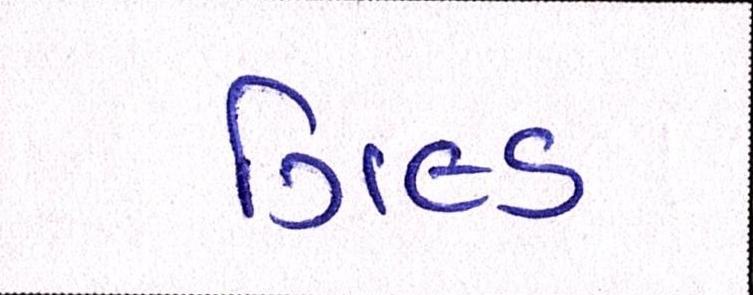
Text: ગિલ્ડ